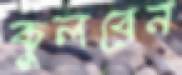
কুলবেন